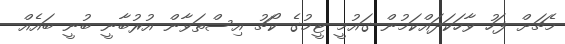
މެޗަށް ފަހު ވާހަކަދައްކަމުން ގައުމީ ޓީމުގެ ކޯޗު އިސްތަވާން އުރުބާނީ ބުނީ ބައެއް